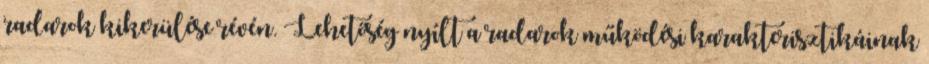
radarok kikerülése révén. Lehetőség nyílt a radarok működési karakterisztikáinak